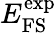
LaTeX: E_{\mathrm{FS}}^{\mathrm{exp}}